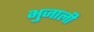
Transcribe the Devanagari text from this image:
भुजाली